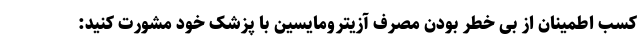
کسب اطمینان از بی خطر بودن مصرف آزیترومایسین با پزشک خود مشورت کنید: